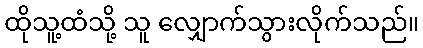
ထိုသူ့ထံသို့ သူ လျှောက်သွားလိုက်သည်။